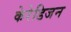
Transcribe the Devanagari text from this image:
केरेडिजन